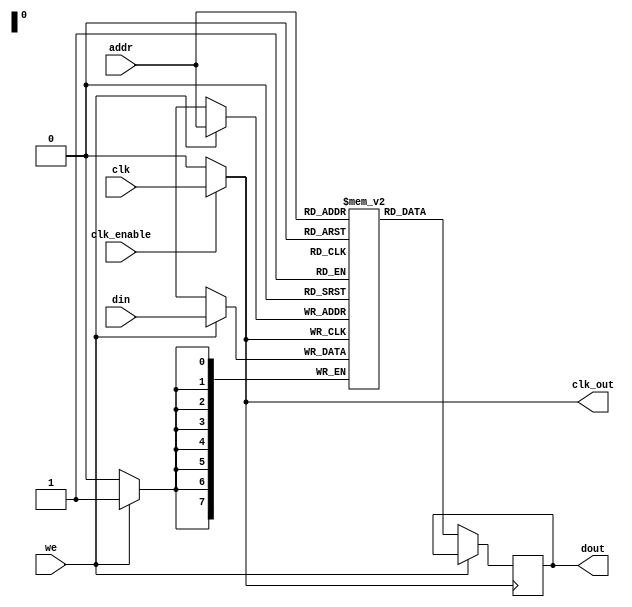
module clock_gated_memory #(
    parameter ADDR_WIDTH = 8,
    parameter DATA_WIDTH = 8,
    parameter MEM_SIZE = 1 << ADDR_WIDTH
)(
    input wire clk,                     // Main clock input
    input wire clk_enable,              // Enable signal for clock gating
    input wire we,                      // Write enable
    input wire [ADDR_WIDTH-1:0] addr,  // Address input
    input wire [DATA_WIDTH-1:0] din,    // Data input
    output reg [DATA_WIDTH-1:0] dout,    // Data output
    output reg clk_out                  // Gated clock output
);

// Memory array
reg [DATA_WIDTH-1:0] memory [0:MEM_SIZE-1];

// Clock gating logic
always @(*) begin
    if (clk_enable) begin
        clk_out = clk;  // Pass through the clock if enabled
    end else begin
        clk_out = 1'b0; // Gated clock is low when disabled
    end
end

// Read and write logic
always @(posedge clk_out) begin
    if (we) begin
        memory[addr] <= din;  // Write data to memory
    end else begin
        dout <= memory[addr];  // Read data from memory
    end
end

endmodule